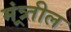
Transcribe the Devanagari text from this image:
मंत्र्र्तील